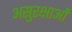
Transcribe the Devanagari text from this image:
असुरक्षाओं